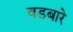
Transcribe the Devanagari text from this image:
वडबारे